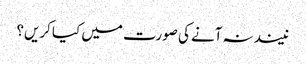
نیند نہ آنے کی صورت میں کیا کریں؟